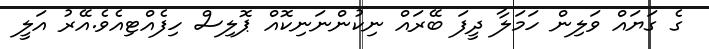
ގެ ގަޔައް ވަލިން ހަމަލާ ދީފަ ބޭރައް ނިކުންނަނިކޮއް ޕޮލިސް ހިފެއްޓިއެވެ.އޭރު އަލީ